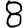
Digit: 8